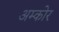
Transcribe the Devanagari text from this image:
अम्कोर